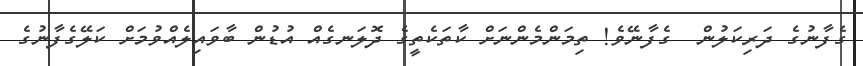
ގެފާނުގެ ދަރިކަލުން  ގެފާނޭވެ! ތިމަންމެންނަށް ކާތަކެތީގެ ދޮލަނގެއް އުޑުން ބާވައިލެއްވުމަށް ކަލޭގެފާނުގެ